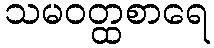
သမဝတ္ထစာရေ